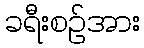
ခရီးစဉ်အား